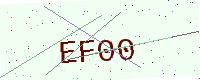
Text: EF00